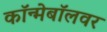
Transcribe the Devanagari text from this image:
कॉन्मेबॉलवर